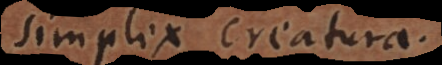
simplex creatura.